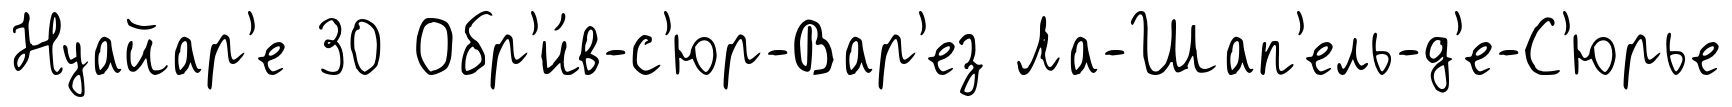
Нуайар'е 30 Обр'и́в-с'юр-Вар'ез Ла-Шап'ель-д'е-С'юрье